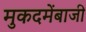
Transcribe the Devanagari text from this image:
मुकदमेंबाजी